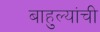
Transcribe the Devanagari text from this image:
बाहुल्यांची